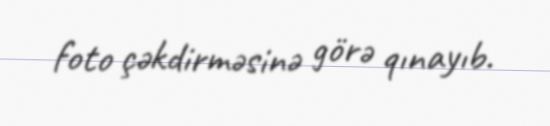
foto çəkdirməsinə görə qınayıb.